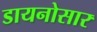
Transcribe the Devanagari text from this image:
डायनोसार